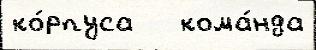
ко́рпуса   кома́нда